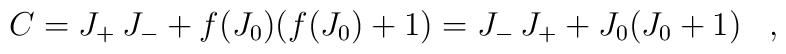
C = J_{+} \, J_{-} + f(J_{0}) (f(J_{0}) + 1) = J_{-} \, J_{+} + J_{0} (J_0 + 1)  \;\;\; ,